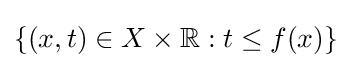
\{(x,t)\in X\times \mathbb {R} :t\leq f(x)\}